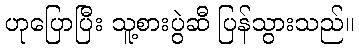
ဟုပြောပြီး သူ့စားပွဲဆီ ပြန်သွားသည်။